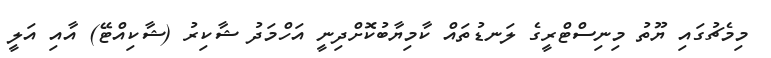
މިމެޗުގައި ޔޫތު މިނިސްޓްރީގެ ލަނޑުތައް ކާމިޔާބުކޮށްދިނީ އަހްމަދު ޝާކިރު (ޝާކިއްޓޭ) އާއި އަލީ